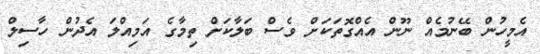
އެމީހުން ބޭނުމެއް ނޫން އެއްގޮތަކަށް ވެސް ބަލާކަށް ތިމާގެ އަމިއްލަ އެދުން ހާސިލް